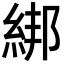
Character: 綁